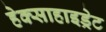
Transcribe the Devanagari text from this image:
हेक्साहाइड्रेट